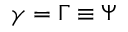
\gamma = \Gamma \equiv \Psi